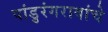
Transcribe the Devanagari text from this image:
पांडुरंगरावांचे